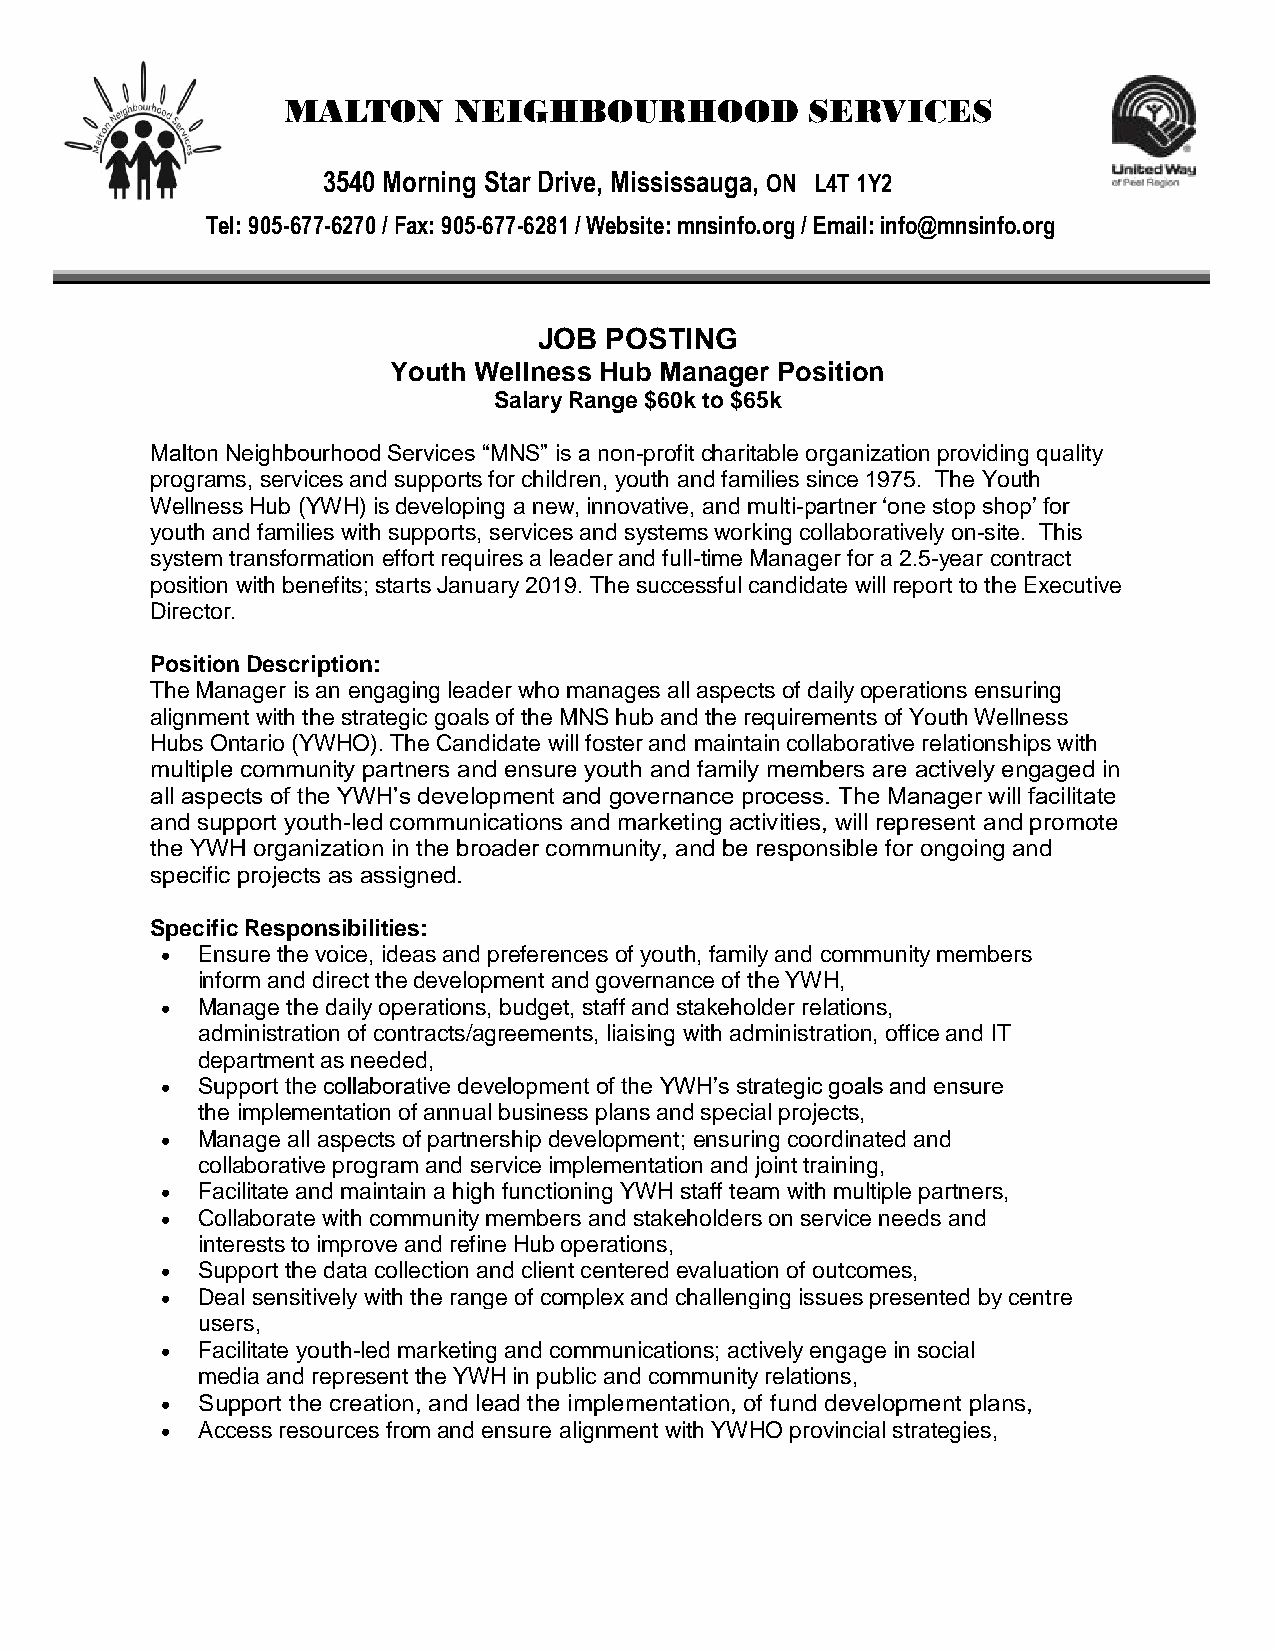
MALTON     NEIGHBOURHOOD           SERVICES
 3540 Morning Star Drive, Mississauga, ON L4T 1Y2
 Tel: 905-677-6270 / Fax: 905-677-6281 / Website: mnsinfo.org / Email: info@mnsinfo.org
 JOB POSTING
 Youth Wellness Hub Manager Position
 Salary Range $60k to $65k
 Malton Neighbourhood Services “MNS” is a non-profit charitable organization providing quality
 programs, services and supports for children, youth and families since 1975. The Youth
 Wellness Hub (YWH) is developing a new, innovative, and multi-partner ‘one stop shop’ for
 youth and families with supports, services and systems working collaboratively on-site. This
 system transformation effort requires a leader and full-time Manager for a 2.5-year contract
 position with benefits; starts January 2019. The successful candidate will report to the Executive
 Director.
 Position Description:
 The Manager is an engaging leader who manages all aspects of daily operations ensuring
 alignment with the strategic goals of the MNS hub and the requirements of Youth Wellness
 Hubs Ontario (YWHO). The Candidate will foster and maintain collaborative relationships with
 multiple community partners and ensure youth and family members are actively engaged in
 all aspects of the YWH’s development and governance process. The Manager will facilitate
 and support youth-led communications and marketing activities, will represent and promote
 the YWH organization in the broader community, and be responsible for ongoing and
 specific projects as assigned.
 Specific Responsibilities:
 • Ensure the voice, ideas and preferences of youth, family and community members
 inform and direct the development and governance of the YWH,
 • Manage the daily operations, budget, staff and stakeholder relations,
 administration of contracts/agreements, liaising with administration, office and IT
 department as needed,
 • Support the collaborative development of the YWH’s strategic goals and ensure
 the implementation of annual business plans and special projects,
 • Manage all aspects of partnership development; ensuring coordinated and
 collaborative program and service implementation and joint training,
 • Facilitate and maintain a high functioning YWH staff team with multiple partners,
 • Collaborate with community members and stakeholders on service needs and
 interests to improve and refine Hub operations,
 • Support the data collection and client centered evaluation of outcomes,
 • Deal sensitively with the range of complex and challenging issues presented by centre
 users,
 • Facilitate youth-led marketing and communications; actively engage in social
 media and represent the YWH in public and community relations,
 • Support the creation, and lead the implementation, of fund development plans,
 • Access resources from and ensure alignment with YWHO provincial strategies,